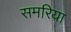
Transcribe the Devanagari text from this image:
समरिया